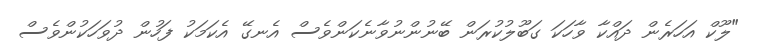
"ލޫކް އަހަރެން ދައްކާ ވާހަކަ ގަބޫލުކުރަން ބޭނުންނުވާނެކަންވެސް އެނގޭ އެކަމަކު ފަހުން ދުވަހަކުންވެސް